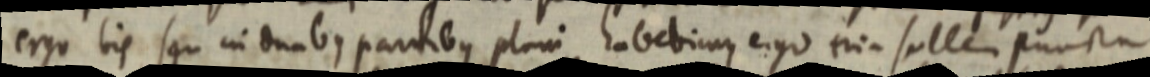
ergo his seu in duabus partibus plani habebimus, ergo tria solle puncta